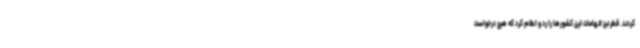
کردند. قطر نیز اتهامات این کشورها را رد و اعلام کرد که هیچ درخواست